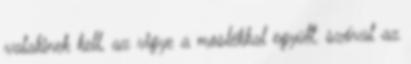
valakinek kell, az vigye a moslékkal együtt. szóval az